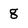
Character: g